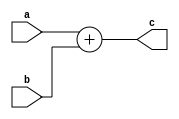
module adder(input a,b,output c);

    assign c=a+b;

endmodule